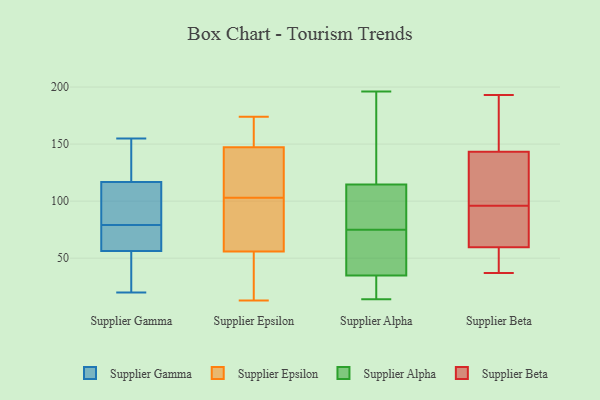
{"axis": {"x": "Conversion Rate (%)", "y": "Value"}, "legend": ["Supplier Alpha", "Supplier Beta", "Supplier Epsilon", "Supplier Gamma"], "data": [{"x": "", "y": 47, "type": "Supplier Gamma"}, {"x": "", "y": 155, "type": "Supplier Gamma"}, {"x": "", "y": 90, "type": "Supplier Gamma"}, {"x": "", "y": 101, "type": "Supplier Gamma"}, {"x": "", "y": 88, "type": "Supplier Gamma"}, {"x": "", "y": 23, "type": "Supplier Gamma"}, {"x": "", "y": 133, "type": "Supplier Gamma"}, {"x": "", "y": 72, "type": "Supplier Gamma"}, {"x": "", "y": 63, "type": "Supplier Gamma"}, {"x": "", "y": 82, "type": "Supplier Gamma"}, {"x": "", "y": 122, "type": "Supplier Gamma"}, {"x": "", "y": 70, "type": "Supplier Gamma"}, {"x": "", "y": 20, "type": "Supplier Gamma"}, {"x": "", "y": 124, "type": "Supplier Gamma"}, {"x": "", "y": 69, "type": "Supplier Gamma"}, {"x": "", "y": 79, "type": "Supplier Gamma"}, {"x": "", "y": 125, "type": "Supplier Gamma"}, {"x": "", "y": 54, "type": "Supplier Gamma"}, {"x": "", "y": 24, "type": "Supplier Gamma"}, {"x": "", "y": 55, "type": "Supplier Epsilon"}, {"x": "", "y": 88, "type": "Supplier Epsilon"}, {"x": "", "y": 100, "type": "Supplier Epsilon"}, {"x": "", "y": 13, "type": "Supplier Epsilon"}, {"x": "", "y": 168, "type": "Supplier Epsilon"}, {"x": "", "y": 58, "type": "Supplier Epsilon"}, {"x": "", "y": 149, "type": "Supplier Epsilon"}, {"x": "", "y": 42, "type": "Supplier Epsilon"}, {"x": "", "y": 105, "type": "Supplier Epsilon"}, {"x": "", "y": 142, "type": "Supplier Epsilon"}, {"x": "", "y": 41, "type": "Supplier Epsilon"}, {"x": "", "y": 159, "type": "Supplier Epsilon"}, {"x": "", "y": 174, "type": "Supplier Epsilon"}, {"x": "", "y": 103, "type": "Supplier Epsilon"}, {"x": "", "y": 105, "type": "Supplier Epsilon"}, {"x": "", "y": 34, "type": "Supplier Alpha"}, {"x": "", "y": 14, "type": "Supplier Alpha"}, {"x": "", "y": 20, "type": "Supplier Alpha"}, {"x": "", "y": 120, "type": "Supplier Alpha"}, {"x": "", "y": 75, "type": "Supplier Alpha"}, {"x": "", "y": 116, "type": "Supplier Alpha"}, {"x": "", "y": 71, "type": "Supplier Alpha"}, {"x": "", "y": 37, "type": "Supplier Alpha"}, {"x": "", "y": 196, "type": "Supplier Alpha"}, {"x": "", "y": 110, "type": "Supplier Alpha"}, {"x": "", "y": 105, "type": "Supplier Alpha"}, {"x": "", "y": 129, "type": "Supplier Beta"}, {"x": "", "y": 51, "type": "Supplier Beta"}, {"x": "", "y": 140, "type": "Supplier Beta"}, {"x": "", "y": 57, "type": "Supplier Beta"}, {"x": "", "y": 95, "type": "Supplier Beta"}, {"x": "", "y": 66, "type": "Supplier Beta"}, {"x": "", "y": 60, "type": "Supplier Beta"}, {"x": "", "y": 193, "type": "Supplier Beta"}, {"x": "", "y": 180, "type": "Supplier Beta"}, {"x": "", "y": 100, "type": "Supplier Beta"}, {"x": "", "y": 174, "type": "Supplier Beta"}, {"x": "", "y": 130, "type": "Supplier Beta"}, {"x": "", "y": 96, "type": "Supplier Beta"}, {"x": "", "y": 58, "type": "Supplier Beta"}, {"x": "", "y": 37, "type": "Supplier Beta"}, {"x": "", "y": 153, "type": "Supplier Beta"}, {"x": "", "y": 93, "type": "Supplier Beta"}]}